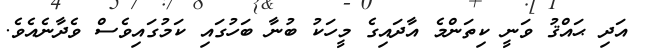
އަދި ޙައްޤު ވަނީ ކިތަންމެ އާދައިގެ މީހަކު ބުނާ ބަހުގައި ކަމުގައިވެސް ވެދާނެއެވެ.